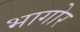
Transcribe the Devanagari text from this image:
भागोर